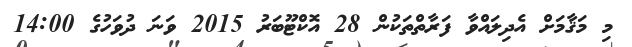
މި މަޤާމަށް އެދިލައްވާ ފަރާތްތަކުން 28 އޮކްޓޫބަރު 2015 ވަނަ ދުވަހުގެ 14:00